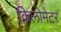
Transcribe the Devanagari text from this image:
किलोमेटर